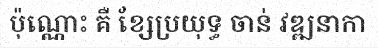
ប៉ុណ្ណោះ គឺ ខ្សែប្រយុទ្ធ ចាន់ វឌ្ឍនាកា